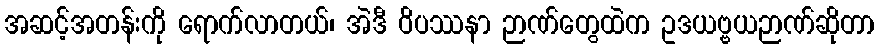
အဆင့်အတန်းကို ရောက်လာတယ်၊ အဲဒီ ဝိပဿနာ ဉာဏ်တွေထဲက ဥဒယဗ္ဗယဉာဏ်ဆိုတာ